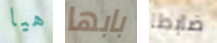
هيا بابها ضابطا